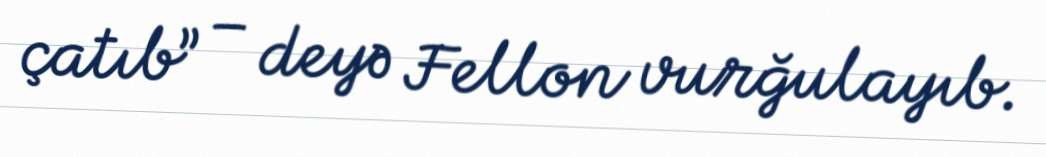
çatıb” – deyə Fellon vurğulayıb.